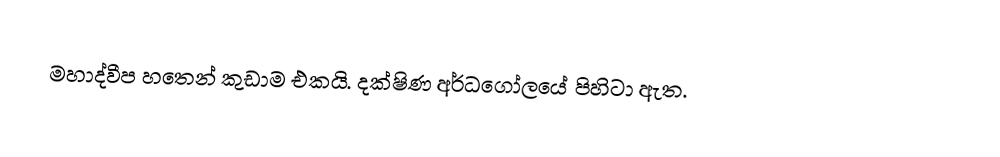
මහාද්වීප හතෙන් කුඩාම එකයි. දක්ෂිණ අර්ධගෝලයේ පිහිටා ඇත.